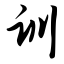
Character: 训